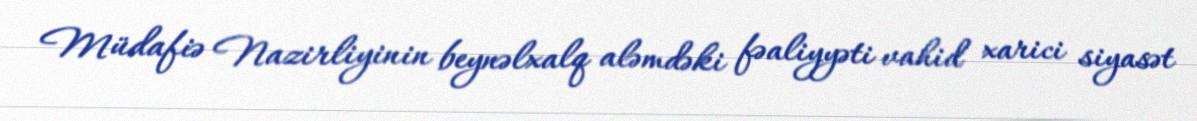
Müdafiə Nazirliyinin beynəlxalq aləmdəki fəaliyyəti vahid xarici siyasət